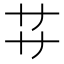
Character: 𬻀